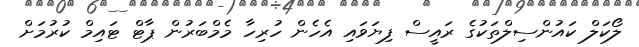
ލޯކަލް ކައުންސިލްތަކުގެ ރައީސް ފިޔަވައި އެހެން ހުރިހާ މެމްބަރުން ޕާޓް ޓައިމް ކުުރުމަށް